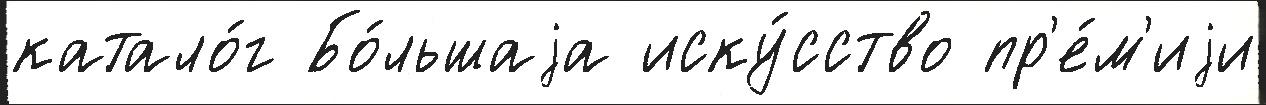
катало́г Бо́льшаjа иску́сство пр'е́м'иjи